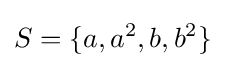
S=\{a,a^{2},b,b^{2}\}